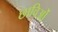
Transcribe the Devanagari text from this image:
छाविओं